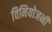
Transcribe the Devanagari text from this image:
विनियोजनी